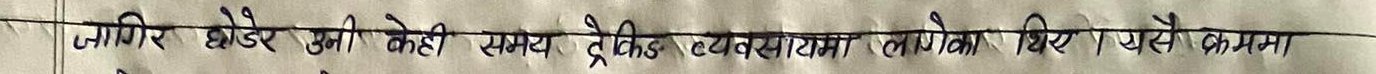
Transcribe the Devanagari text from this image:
जागिरे छोडेर उनी केही समय देखि व्यवसायमा लागेका थिए । यसै क्रममा